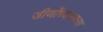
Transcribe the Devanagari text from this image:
जीर्णोध्दाराच्या